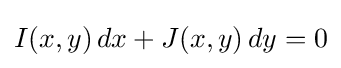
I(x,y)\,dx+J(x,y)\,dy=0